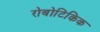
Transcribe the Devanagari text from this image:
रोबोटिकिक